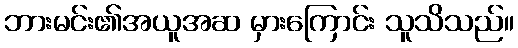
ဘားမင်း၏အယူအဆ မှားကြောင်း သူသိသည်။